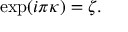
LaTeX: \exp ( i \pi \kappa ) = \zeta .